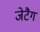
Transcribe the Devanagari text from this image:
जेटैग